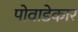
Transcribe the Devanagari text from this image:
पोवाडेकार